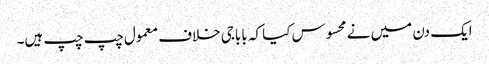
ایک دن میں نے محسوس کیا کہ باباجی خلاف معمول چپ چپ ہیں۔